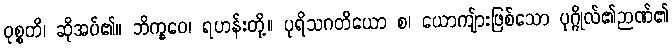
ဝုစ္စတိ၊ ဆိုအပ်၏။ ဘိက္ခဝေ၊ ရဟန်းတို့။ ပုရိသဂတိယော စ၊ ယောကျ်ားဖြစ်သော ပုဂ္ဂိုလ်၏ဉာဏ်၏